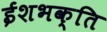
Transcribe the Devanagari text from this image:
ईशभक्ति